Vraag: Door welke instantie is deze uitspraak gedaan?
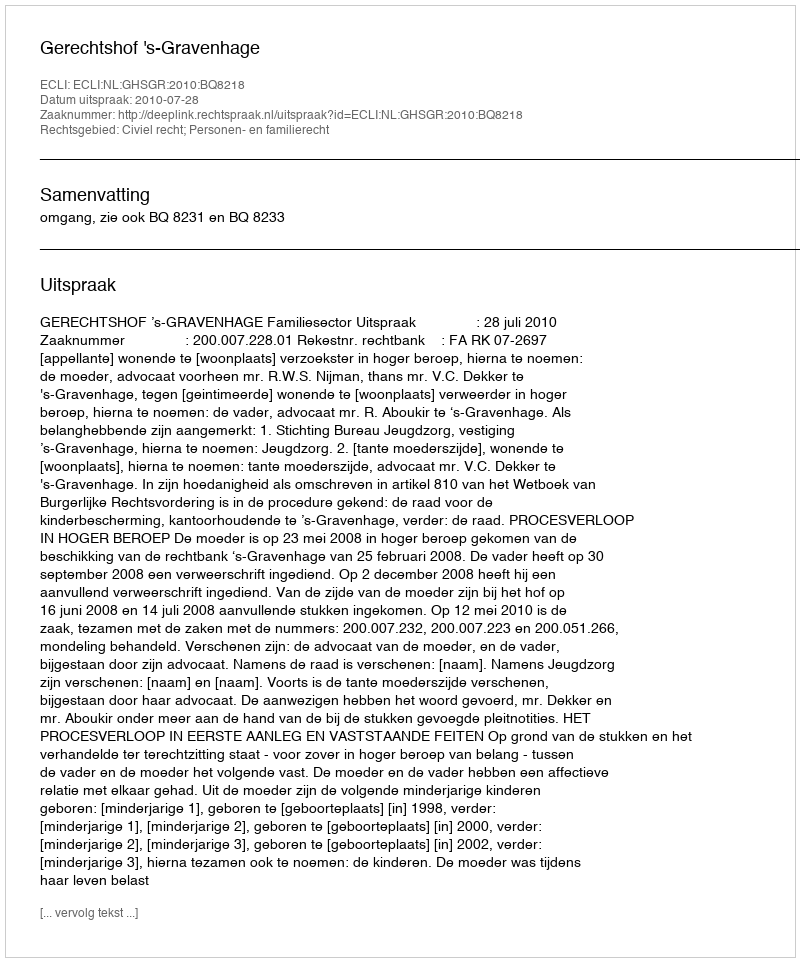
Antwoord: Gerechtshof 's-Gravenhage